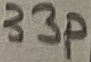
Text: 33p